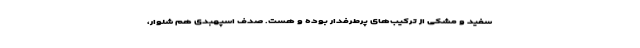
سفید و مشکی از ترکیب‌های پرطرفدار بوده و هست. صدف اسپهبدی هم شلوار،